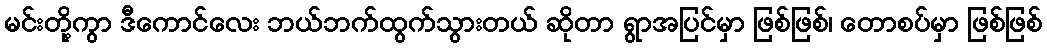
မင်းတို့ကွာ ဒီကောင်လေး ဘယ်ဘက်ထွက်သွားတယ် ဆိုတာ ရွာအပြင်မှာ ဖြစ်ဖြစ်၊ တောစပ်မှာ ဖြစ်ဖြစ်